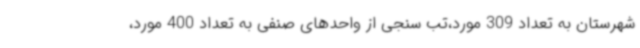
شهرستان به تعداد 309 مورد،تب سنجی از واحدهای صنفی به تعداد 400 مورد،